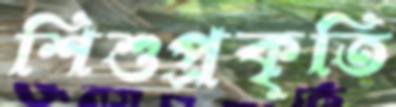
শিশুপ্রকৃতি